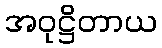
အဝုဋ္ဌိတာယ